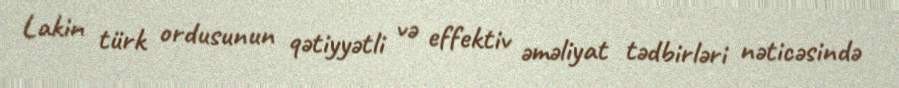
Lakin türk ordusunun qətiyyətli və effektiv əməliyat tədbirləri nəticəsində